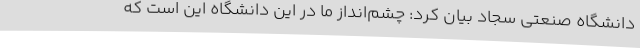
دانشگاه صنعتی سجاد بیان کرد: چشم‌انداز ما در این دانشگاه این است که